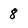
Character: 8